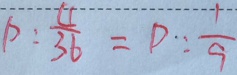
D : \frac { 4 } { 3 6 } = D : \frac { 1 } { 9 }